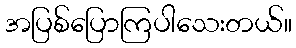
အပြစ်ပြောကြပါသေးတယ်။